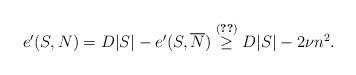
LaTeX: \begin{align*} e'(S,N) = D |S| - e'(S,\overline{N}) \stackrel{(\ref{Nbar})}{\geq} D |S| - 2 \nu n^2.\end{align*}